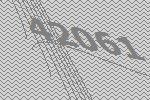
42061